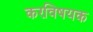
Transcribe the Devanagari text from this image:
करविषयक